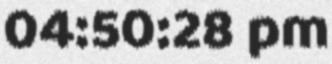
04:50:28 pm